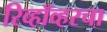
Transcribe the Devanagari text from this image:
रिव्हॉव्हरचा